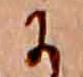
に